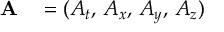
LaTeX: \begin{array} { r l } { \mathbf { A } } & { { } = ( A _ { t } , \, A _ { x } , \, A _ { y } , \, A _ { z } ) } \end{array}